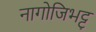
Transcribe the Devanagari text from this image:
नागोजिभट्ट